Vaccine operations Central Provinces 1886-1899 - 1886-1899
Year: 1886
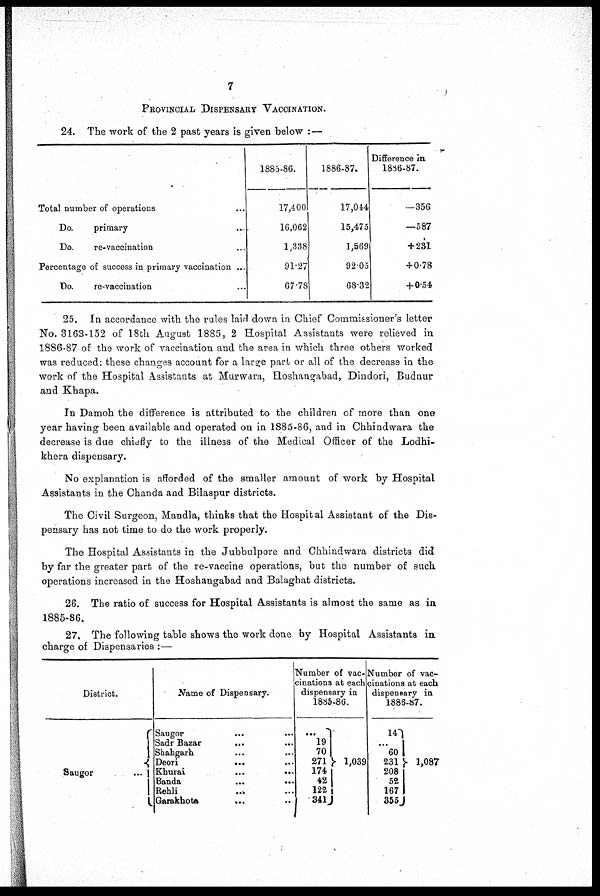
7
PROVINCIAL DISPENSARY VACCINATION.
24. The work of the 2 past years is given below :—
Total number of operations ...
Do.
primary ...
Do.
re-vaccination ...
Percentage of success in primary vaccination ...
Do.
re-vaccination ...
1885-86.
17,400
16,062
1,338
91.27
67.78
1886-87.
17,044
15,475
1,569
92.05
68.32
Difference in
1886-87.
—356
—587
+ 231
+ 0.78
+ 0.54
25. In accordance with the rules laid down in Chief Commissioner's letter
No. 3163-152 of 18th August 1885, 2 Hospital Assistants were relieved in
1886-87 of the work of vaccination and the area in which three others worked
was reduced: these changes account for a large part or all of the decrease in the
work of the Hospital Assistants at Murwara, Hoshangabad, Dindori, Budnur
and Khapa.
In Damoh the difference is attributed to the children of more than one
year having been available and operated on in 1885-86, and in Chhindwara the
decrease is due chiefly to the illness of the Medical Officer of the Lodhi-
khera dispensary.
No explanation is afforded of the smaller amount of work by Hospital
Assistants in the Chanda and Bilaspur districts.
The Civil Surgeon, Mandla, thinks that the Hospital Assistant of the Dis-
pensary has not time to do the work properly.
The Hospital Assistants in the Jubbulpore and Chhindwara districts did
by far the greater part of the re-vaccine operations, but the number of such
operations increased in the Hoshangabad and Balaghat districts.
26. The ratio of success for Hospital Assistants is almost the same as in
1885-86.
27. The following table shows the work done by Hospital Assistants in
charge of Dispensaries :—
District.
Saugor
...
Name of Dispensary.
Saugor ... ...
Sadr Bazar ... ...
Shahgarh ... ...
Deori ... ...
Khurai
...
...
Banda ... ...
Rehli
...
...
Garakhota ... ...
Number of vac-
cinations at each
dispensary in
1885-86.
...
19
70
271
174
42
122
341
1,039
Number of vac-
cinations at each
dispensary in
1886-87.
14
...
60
231
208
52
167
355
1,087